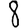
Digit: 8